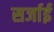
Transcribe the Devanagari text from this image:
सर्जाई